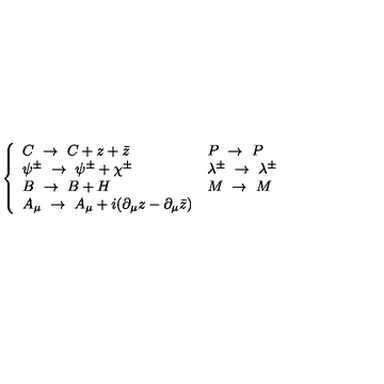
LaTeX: \left\{ \begin{array} { l l } { C \ \to \ C + z + \bar { z } } & { P \ \to \ P } \\ { \psi ^ { \pm } \ \to \ \psi ^ { \pm } + \chi ^ { \pm } } & { \lambda ^ { \pm } \ \to \ \lambda ^ { \pm } } \\ { B \ \to \ B + H } & { M \ \to \ M } \\ { A _ { \mu } \ \to \ A _ { \mu } + i ( \partial _ { \mu } z - \partial _ { \mu } \bar { z } ) } & { } \\ \end{array} \right.